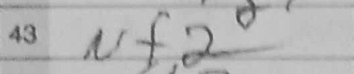
Transcription: Nf2